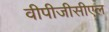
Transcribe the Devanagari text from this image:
वीपीजीसीएल